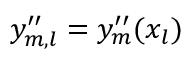
y _ { m , l } ^ { \prime \prime } = y _ { m } ^ { \prime \prime } ( x _ { l } )